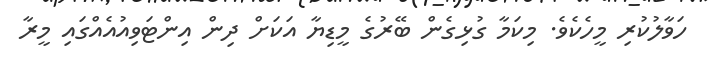
ހަވާލުކުރި މީހެކެވެ. މިކަމާ ގުޅިގެން ބޭރުގެ މީޑިޔާ އަކަށް ދިން އިންޓަވިއުއެއްގައި މީރާ